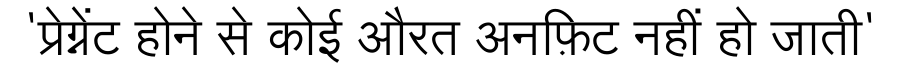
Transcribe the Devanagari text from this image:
'प्रेग्नेंट होने से कोई औरत अनफ़िट नहीं हो जाती'